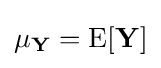
\mathbf {\mu _{Y}} =\operatorname {E} [\mathbf {Y} ]